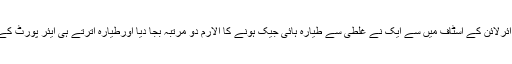
سعودی عربیہ سے شائع ہونے والا معروف انگریزی اخبار عرب نیوز کی اطلاع کے مطابق سعودی عربین ائرلائن کے اسٹاف میں سے ایک نے غلطی سے طیارہ ہائی جیک ہونے کا الارم دو مرتبہ بجا دیا اورطیارہ اترتے ہی ایئر پورٹ کے افسران کے اشارے پر محافظ دستوں نے فوری حرکت کرتے ہوئے طیارے کو چاروں طرف سے گھیر لیا۔